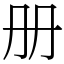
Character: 册